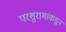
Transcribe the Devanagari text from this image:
परशुरामांकडून